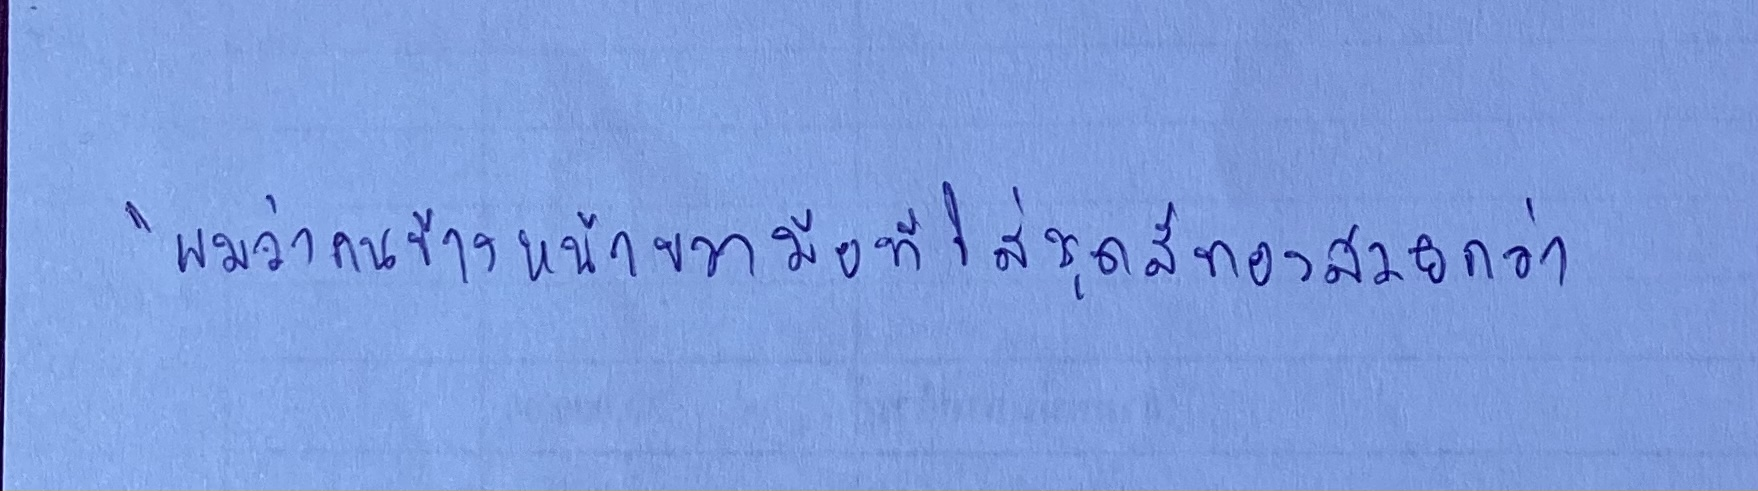
"ผมว่าคนข้างหน้าขวามือที่ใส่ชุดสีทองสวยกว่า